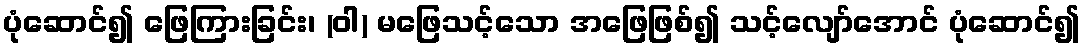
ပုံဆောင်၍ ဖြေကြားခြင်း၊ (ဝါ) မဖြေသင့်သော အဖြေဖြစ်၍ သင့်လျော်အောင် ပုံဆောင်၍